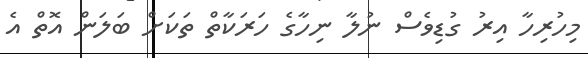
މިހުރިހާ އިރު ގުޑިވެސް ނުލާ ނިހާގެ ހަރަކާތް ތަކަށް ބަލަން އޮތް އެ